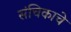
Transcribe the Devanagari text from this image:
संचिकाचे